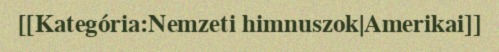
[[Kategória:Nemzeti himnuszok|Amerikai]]